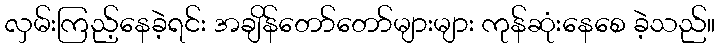
လှမ်းကြည့်နေခဲ့ရင်း အချိန်တော်တော်များများ ကုန်ဆုံးနေစေ ခဲ့သည်။